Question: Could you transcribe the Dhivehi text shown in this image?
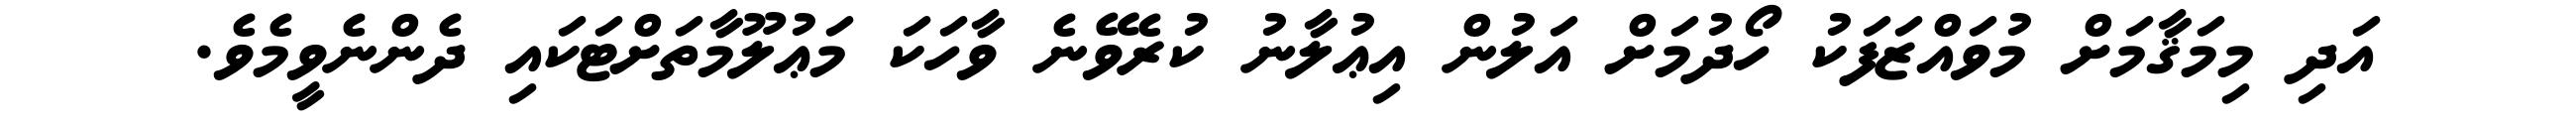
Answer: އަދި މިމަޤާމަށް މުވައްޒަފަކު ހޯދުމަށް އަލުން އިޢުލާނު ކުރެވޭނެ ވާހަކަ މަޢުލޫމާތަށްޓަކައި ދެންނެވީމެވެ.